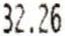
32.26